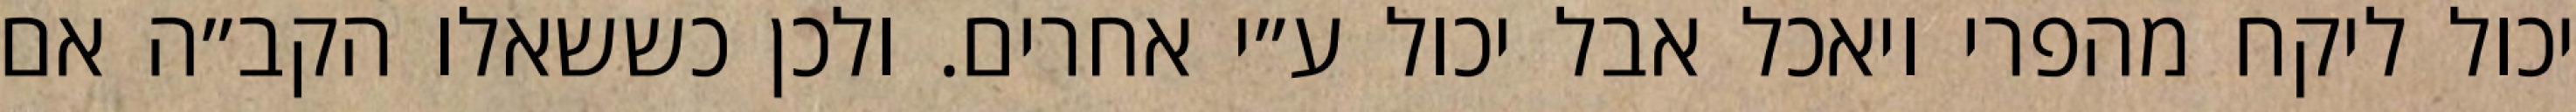
יכול ליקח מהפרי ויאכל אבל יכול ע״י אחרים. ולכן כששאלו הקב״ה אם